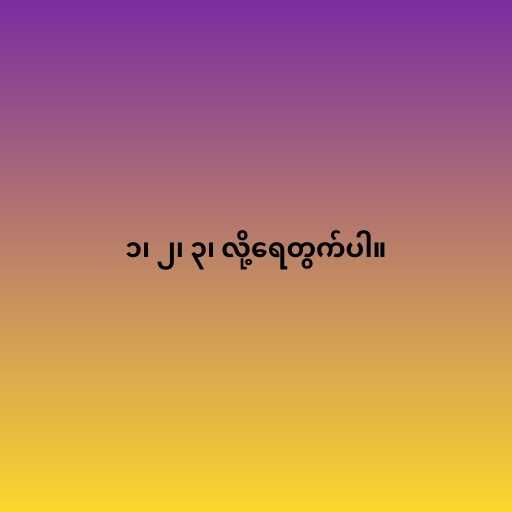
၁၊ ၂၊ ၃၊ လို့ရေတွက်ပါ။